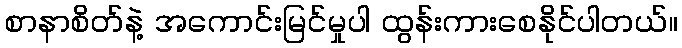
စာနာစိတ်နဲ့ အကောင်းမြင်မှုပါ ထွန်းကားစေနိုင်ပါတယ်။